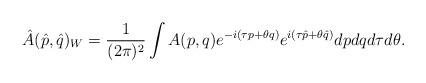
LaTeX: \begin{align*}\hat{A}(\hat{p},\hat{q}) _{W} = \frac{1}{(2\pi )^{2}}\int A(p,q) e^{-i(\tau p +\theta q)} e^{i(\tau\hat{p} + \theta \hat{q})} dpdqd\tau d\theta .\end{align*}